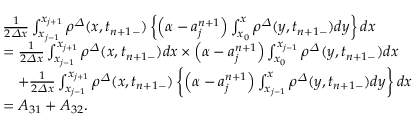
\begin{array} { r l } & { \frac 1 { 2 { \varDelta } x } \int _ { x _ { j - 1 } } ^ { x _ { j + 1 } } { \rho } ^ { \varDelta } ( x , t _ { n + 1 - } ) \left\{ \left( \alpha - a _ { j } ^ { n + 1 } \right) \int _ { x _ { 0 } } ^ { x } { \rho } ^ { \varDelta } ( y , t _ { n + 1 - } ) d y \right\} d x } \\ & { = \frac 1 { 2 { \varDelta } x } \int _ { x _ { j - 1 } } ^ { x _ { j + 1 } } { \rho } ^ { \varDelta } ( x , t _ { n + 1 - } ) d x \times \left( \alpha - a _ { j } ^ { n + 1 } \right) \int _ { x _ { 0 } } ^ { x _ { j - 1 } } { \rho } ^ { \varDelta } ( y , t _ { n + 1 - } ) d x } \\ & { \quad + \frac 1 { 2 { \varDelta } x } \int _ { x _ { j - 1 } } ^ { x _ { j + 1 } } { \rho } ^ { \varDelta } ( x , t _ { n + 1 - } ) \left\{ \left( \alpha - a _ { j } ^ { n + 1 } \right) \int _ { x _ { j - 1 } } ^ { x } { \rho } ^ { \varDelta } ( y , t _ { n + 1 - } ) d y \right\} d x } \\ & { = A _ { 3 1 } + A _ { 3 2 } . } \end{array}